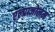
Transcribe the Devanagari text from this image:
एल्प्राजोलम